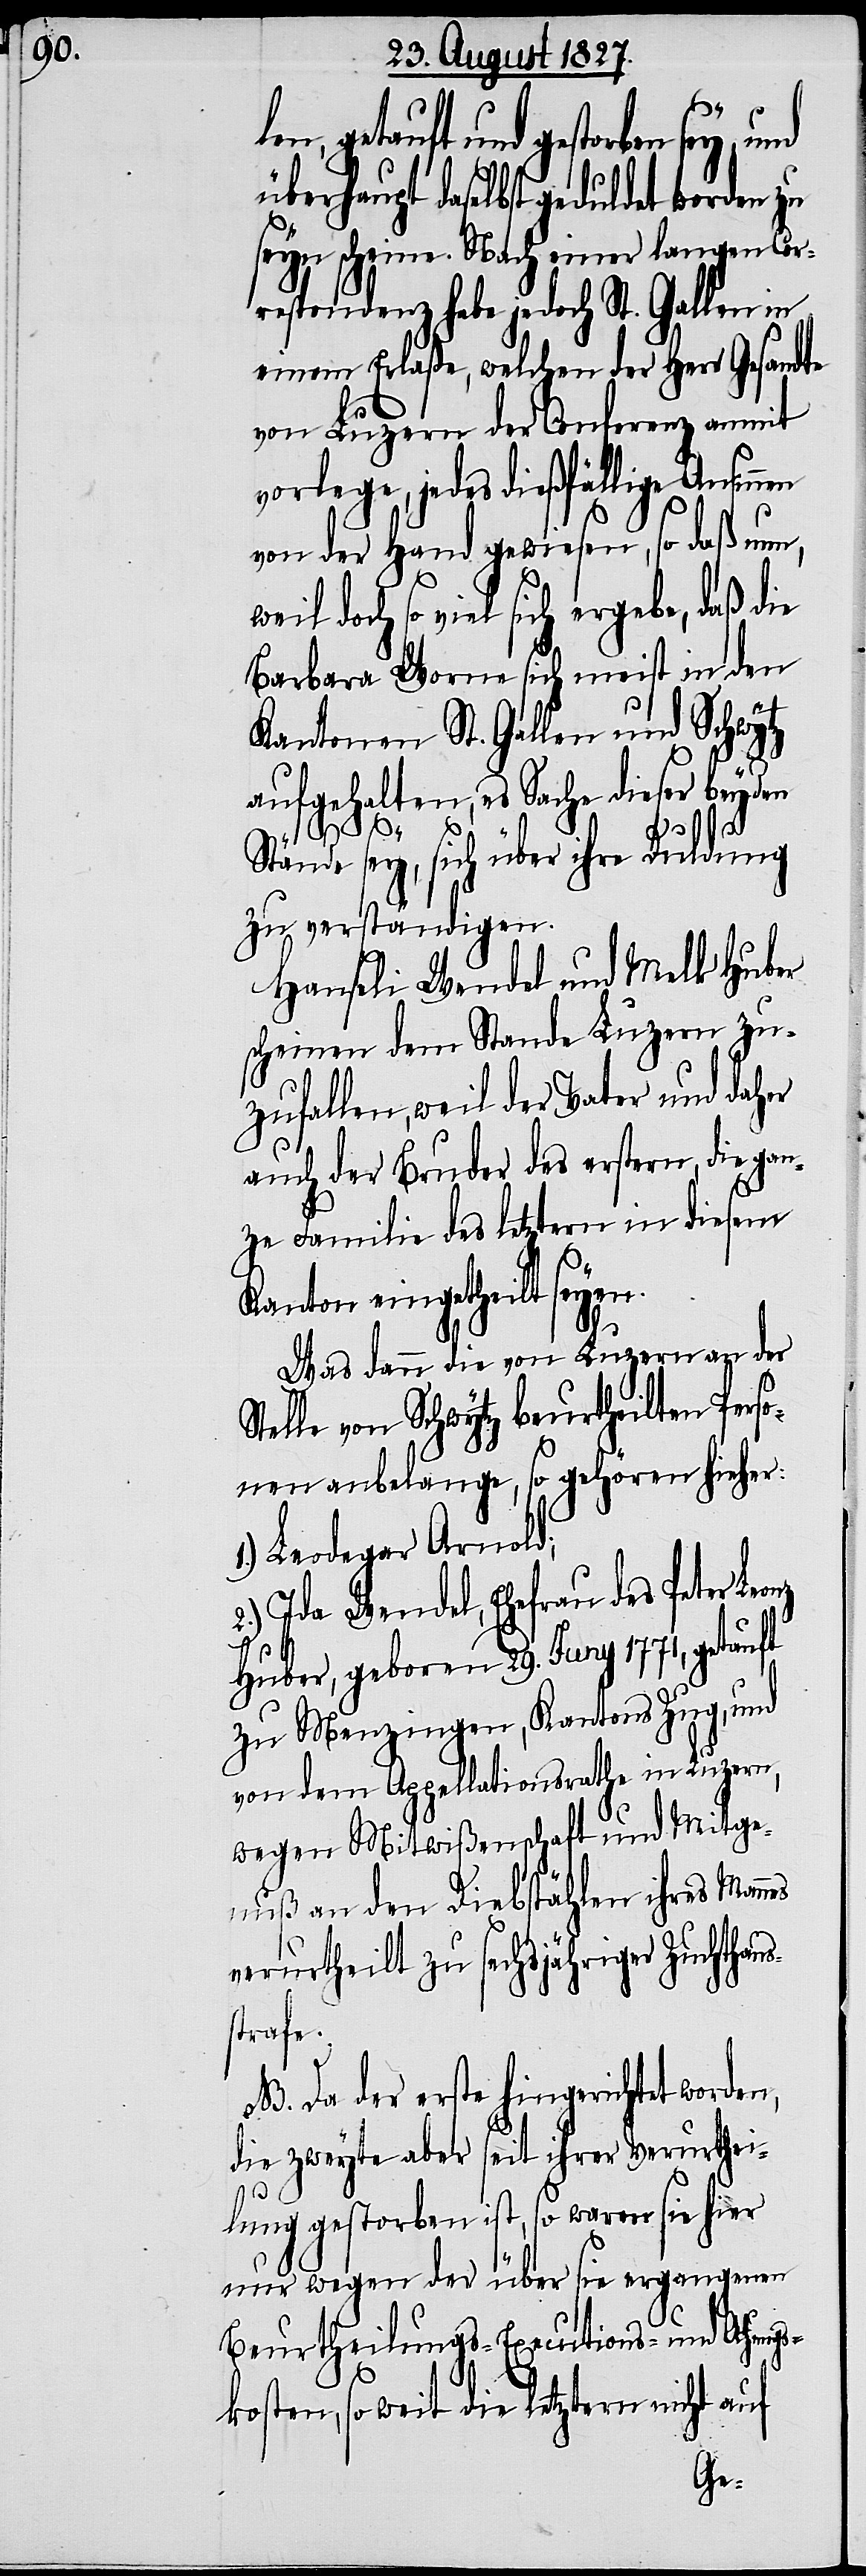
und gestorben sey, und
überhaupt daselbst geduldet worden zu
seyn scheine. Nach einer langen Cor¬
respondenz habe jedoch St. Gallen in
einem Erlaße, welchen der Herr Gesandte
von Luzern der Conferenz anmit
vorlege, jedes dießfällige Ansinnen
von der Hand gewiesen, so daß nun,
doch so viel sich ergebe, daß die
Barbara Worne sich meist in den
Kantonen St. Gallen und Schwytz
aufgehalten, es Sache dieser beyden
Stände sey, sich über ihre Duldung
zu verständigen.
Hanseli Wendel und Melk Huber
scheinen dem Stande Luzern zu¬
zufallen, weil der Vater und daher
auch der Bruder des erstern, die gan¬
ze Familie des letztern in diesem
Kanton eingetheilt seyen.
Was dann die von Luzern an der
Stelle von Schwytz beurtheilten Perso¬
nen anbelange, so gehören hieher:
1.) Leodegar Arnold;
2.) Ida Wendel, Ehefrau des Peter
Huber, geboren 29. Juny 1771, getauft
zu Menzingen, Kantons Zug, und
von dem Appellationsrathe in Luzern,
wegen Mitwißenschaft und Mitge¬
nuß an den Diebstählen ihres Mannes
verurtheilt zu sechsjähriger Zuchthaus¬
strafe.
NB. Da der erste hingerichtet worden,
die zweyte aber seit ihrer Verurthei¬
lung gestorben ist, so waren sie hier
nur wegen der über sie ergangenen
Beurtheilungs-Executions- und Atzung¬
skosten, so weit die letztern nicht auf